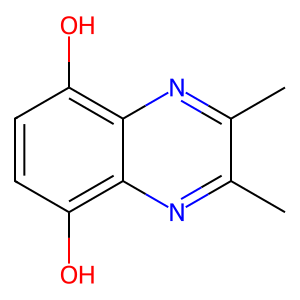
SMILES: Cc1nc2c(O)ccc(O)c2nc1C
Inhibits HIV replication: No